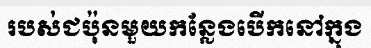
របស់ជប៉ុនមួយកន្លែងបើកនៅក្នុង